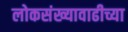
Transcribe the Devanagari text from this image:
लोकसंख्यावाढीच्या